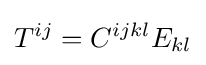
T^{ij}=C^{ijkl}E_{kl}